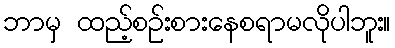
ဘာမှ ထည့်စဉ်းစားနေစရာမလိုပါဘူး။